system: You are a helpful assistant.
user:
Analyze the provided spectrum to determine if it is a **S-type Star**.

- **Key Indicators for S-type Star:**

    - **(Overall Spectrum Shape):** The first and most obvious characteristic is the overall continuum (the "baseline" shape). It is **extremely "red-sloping,"** meaning the flux (light intensity) is very low on the left side (blue, ~4000-4500 Å) and rises steeply and continuously toward the right side (red, ~7000 Å+).

    - **(Primary):** The spectrum is defined by the presence of strong, broad molecular absorption "valleys" (bands) from **Zirconium Oxide (ZrO)**. The identification of these bands is the **primary requirement** for classifying a star as S-type.
        - **(Key Bandheads):** You must find distinct, deep "dips" where the light has been absorbed. The most critical band systems to locate are:
            - **~6474 Å** ($\gamma$-system): This is often the strongest and clearest ZrO feature, found in the red part of the spectrum.
            - **~5718 Å** & **~5551 Å** ($\beta$-system): A pair of prominent absorption features in the yellow-orange part of the spectrum.
            - **~4640 Å** ($\alpha$-system): A key absorption band system in the blue-green region of the spectrum.

    - **(Secondary Confirmation):** The classification is strengthened by finding additional absorption bands from other related heavy element oxides, which are expected to be present alongside ZrO.
        - **(Key Bandheads):**
            - **Yttrium Oxide (YO):** Look for absorption dips near **~4800 Å** and **~6100 Å**.
            - **Lanthanum Oxide (LaO):** Additional absorption features, particularly in the red-orange part of the spectrum, are also characteristic.

    - **(Line Profile):** The combination of the steep red continuum and these numerous, deep molecular bands (ZrO, YO, etc.) gives the entire spectrum a very **"chopped-up"** or **"bumpy"** appearance. Instead of a smooth curve, the spectrum looks as though large, wide chunks of light have been "carved out" of it at the specific wavelengths listed above.

Think first, call **spectral_visualization_tool** if needed to examine features in detail, then provide your final answer. Your response must adhere to the following strict rules:
1.  **Overall Structure:** Your response must follow the format `<think>...</think> <tool_call>...</tool_call> (if a tool is used) <answer>...</answer>`.
2.  **Tool Usage Constraint:** You may only make **one** tool call per turn.
3.  **Final Answer Format:** In the `<answer>` tag, your conclusion must be inside a `\boxed{}` command (e.g., `\boxed{YES}` or `\boxed{NO}`), followed by your justification.

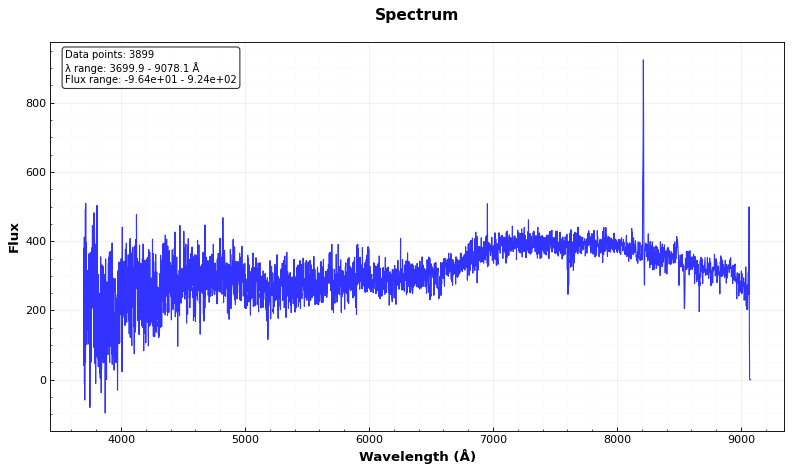
Answer: NO